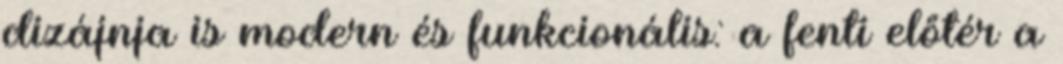
dizájnja is modern és funkcionális: a fenti előtér a